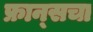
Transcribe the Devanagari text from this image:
फ्रान्‍सचा